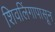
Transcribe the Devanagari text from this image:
शिवलिंगापासून